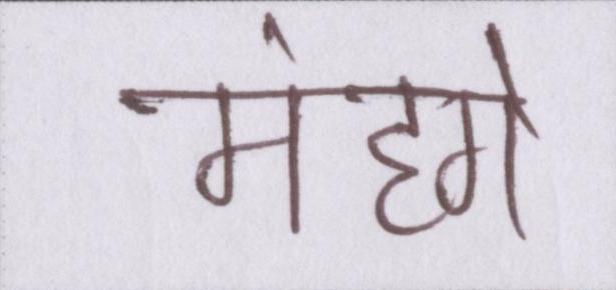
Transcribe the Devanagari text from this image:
मंहगे